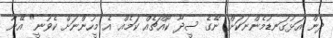
ދެން އަޅުގަނޑުމެންނަކަށް ނޭގެ ސީދާ ކޯއްޗެއް ކަމެއް އެ މީހުންނަށް ކެވުނީ" އޭނާ